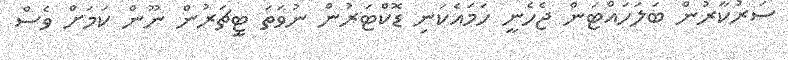
ސަރުކާރުން ބަލަހައްޓަން ޖެހެނީ ހަމައެކަނި ޑޮކްޓަރުން ނުވަތަ ޓީޗަރުން ނޫން ކަމަށް ވެސް